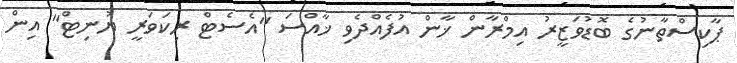
ޕާކިސްތާނުގެ ބޮޑުވަޒީރު އިމްރާން ޚާން އުފެއްދެވި ޚާއްސަ "އެސެޓް ރިކަވަރީ ޔުނިޓް" އިން